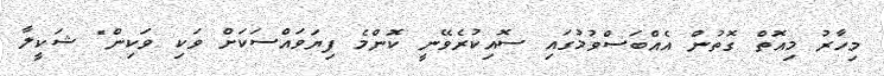
މިހާރު މިއޮތް ގޮތުން އެއްބަސްވުމުގައި ސޮއިކުރެވޭނީ ކޮންމެ ފިޔަވައްސަކަށް ވަކި ވަކިން" ޝަކީލާ